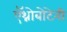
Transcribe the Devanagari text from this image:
ऍथ्नोबोटेनी